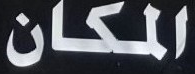
المكان